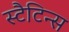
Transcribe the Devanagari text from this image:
स्टैटिन्स